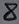
Text: 8